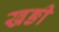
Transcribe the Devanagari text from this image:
खङी